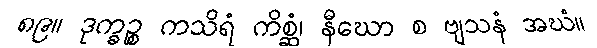
၈၉။ ဒုက္ခဉ္စ ကသိရံ ကိစ္ဆံ၊ နီဃော စ ဗျသနံ အဃံ။